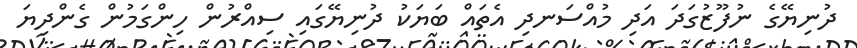
ދުނިޔޭގެ ނުފޫޒުގަދަ އަދި މުއްސަނދި އެތައް ބަޔަކު ދުނިޔޭގައި ސިއްރުން ހިންގަމުން ގެންދިޔަ